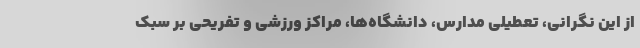
از این نگرانی، تعطیلی مدارس، دانشگاه‌ها، مراکز ورزشی و تفریحی بر سبک